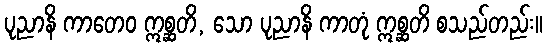
ပုညာနိ ကာတေဝ ဣစ္ဆတိ, သော ပုညာနိ ကာတုံ ဣစ္ဆတိ စသည်တည်း။